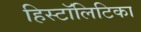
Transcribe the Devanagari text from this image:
हिस्टॉलिटिका